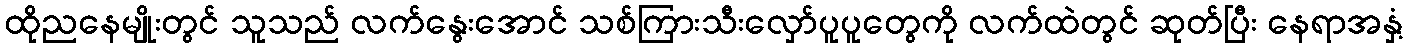
ထိုညနေမျိုးတွင် သူသည် လက်နွေးအောင် သစ်ကြားသီးလှော်ပူပူတွေကို လက်ထဲတွင် ဆုတ်ပြီး နေရာအနှံ့